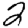
Digit: 2